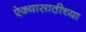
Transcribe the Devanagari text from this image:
ऐक्यासाठीच्या